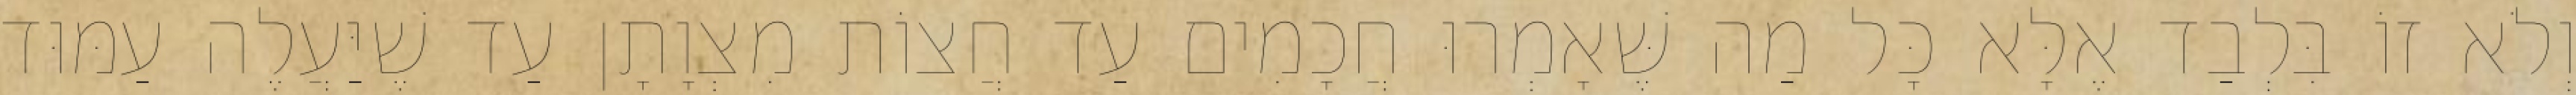
וְלֹא זוֹ בִּלְבַד אֶלָּא כָּל מַה שֶּׁאָמְרוּ חֲכָמִים עַד חֲצוֹת מִצְוָתָן עַד שֶׁיַּעֲלֶה עַמּוּד